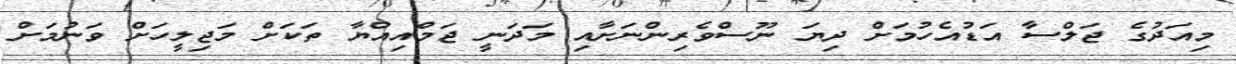
މިއަދުގެ ޖަލްސާ އަޑުއެހުމަށް ދިޔަ ނޫސްވެރިންނަށާއި މަދަނީ ޖަމްއިއްޔާ ތަކަށް މަޖިލީހަށް ވަނުމަށް